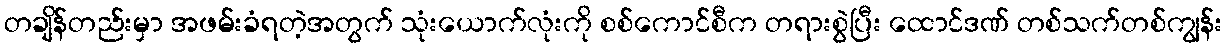
တချိန်တည်းမှာ အဖမ်းခံရတဲ့အတွက် သုံးယောက်လုံးကို စစ်ကောင်စီက တရားစွဲပြီး ထောင်ဒဏ် တစ်သက်တစ်ကျွန်း